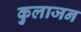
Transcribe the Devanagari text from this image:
कुलाजन